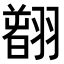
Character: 𦒂